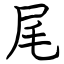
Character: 尾